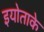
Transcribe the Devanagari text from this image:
इयोताके